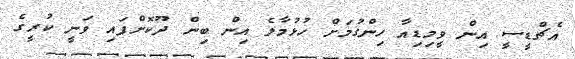
އެޗްޑީސީ އިން ވީމިޑިއާ ހިންގުމަށް ހުޅުމާލެ އިން ބިން ދޫކޮށްފައި ވަނީ ކުރީގެ